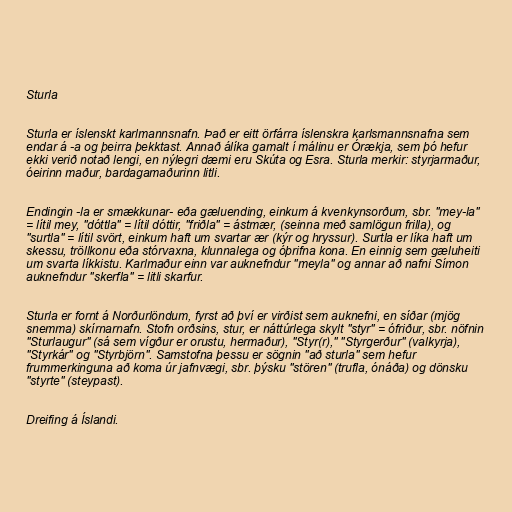
Sturla

Sturla er íslenskt karlmannsnafn. Það er eitt örfárra íslenskra karlsmannsnafna sem
endar á -a og þeirra þekktast. Annað álíka gamalt í málinu er Órækja, sem þó hefur
ekki verið notað lengi, en nýlegri dæmi eru Skúta og Esra. Sturla merkir: styrjarmaður,
óeirinn maður, bardagamaðurinn litli.

Endingin -la er smækkunar- eða gæluending, einkum á kvenkynsorðum, sbr. "mey-la"
= lítil mey, "dóttla" = lítil dóttir, "friðla" = ástmær, (seinna með samlögun frilla), og
"surtla" = lítil svört, einkum haft um svartar ær (kýr og hryssur). Surtla er líka haft um
skessu, tröllkonu eða stórvaxna, klunnalega og óþrifna kona. En einnig sem gæluheiti
um svarta líkkistu. Karlmaður einn var auknefndur "meyla" og annar að nafni Símon
auknefndur "skerfla" = litli skarfur.

Sturla er fornt á Norðurlöndum, fyrst að því er virðist sem auknefni, en síðar (mjög
snemma) skírnarnafn. Stofn orðsins, stur, er náttúrlega skylt "styr" = ófriður, sbr. nöfnin
"Sturlaugur" (sá sem vígður er orustu, hermaður), "Styr(r)," "Styrgerður" (valkyrja),
"Styrkár" og "Styrbjörn". Samstofna þessu er sögnin "að sturla" sem hefur
frummerkinguna að koma úr jafnvægi, sbr. þýsku "stören" (trufla, ónáða) og dönsku
"styrte" (steypast).

Dreifing á Íslandi.